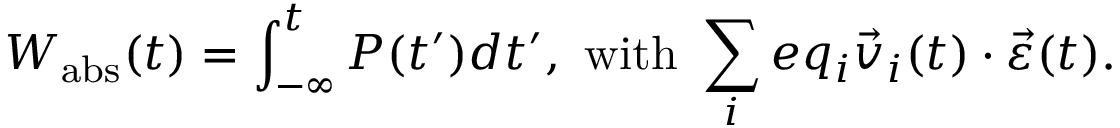
W _ { \mathrm { a b s } } ( t ) = \int _ { - \infty } ^ { t } P ( t ^ { \prime } ) d t ^ { \prime } , \, \, \mathrm { w i t h } \, \, \sum _ { i } e q _ { i } \Vec { v } _ { i } ( t ) \cdot \Vec { \varepsilon } ( t ) .